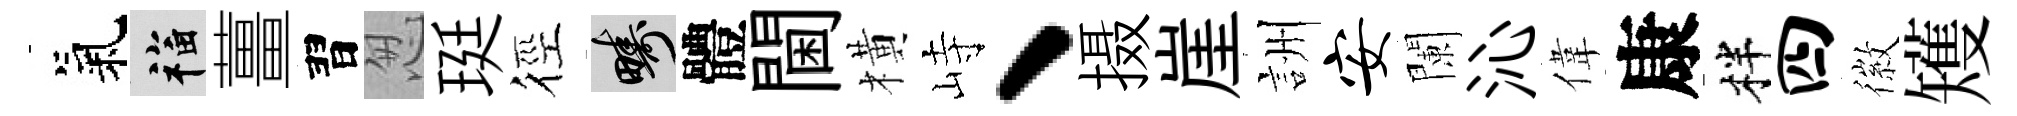
氣福薑習怱珽徑疇體閫橫峙、摄崖詶安闌沁偉康柈四徽矱